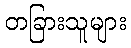
တခြားသူများ